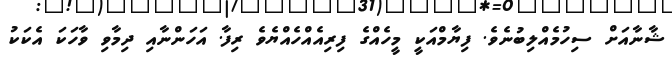
ޝާނާއަށް ސިހުމެއްލިބުނެވެ. ފިޔާމްއަކީ މީހެއްގެ ފިރިއެއްހެއްޔެވެ ރިފާ. އަހަންނާއި ދިމާވި ވާހަކަ އެކަކު